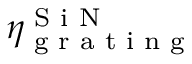
\eta _ { \textrm { g r a t i n g } } ^ { \textrm { S i N } }